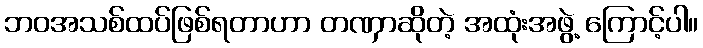
ဘဝအသစ်ထပ်ဖြစ်ရတာဟာ တဏှာဆိုတဲ့ အထုံးအဖွဲ့ ကြောင့်ပါ။